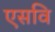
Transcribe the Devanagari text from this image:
एसवि